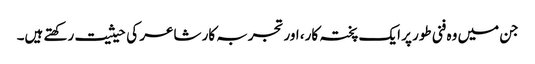
جن میں وہ فنی طور پر ایک پختہ کار، اور تجربہ کار شاعر کی حیثیت رکھتے ہیں۔